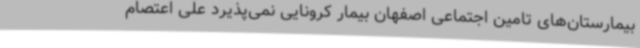
بیمارستان‌های تامین اجتماعی اصفهان بیمار کرونایی نمی‌پذیرد علی اعتصام